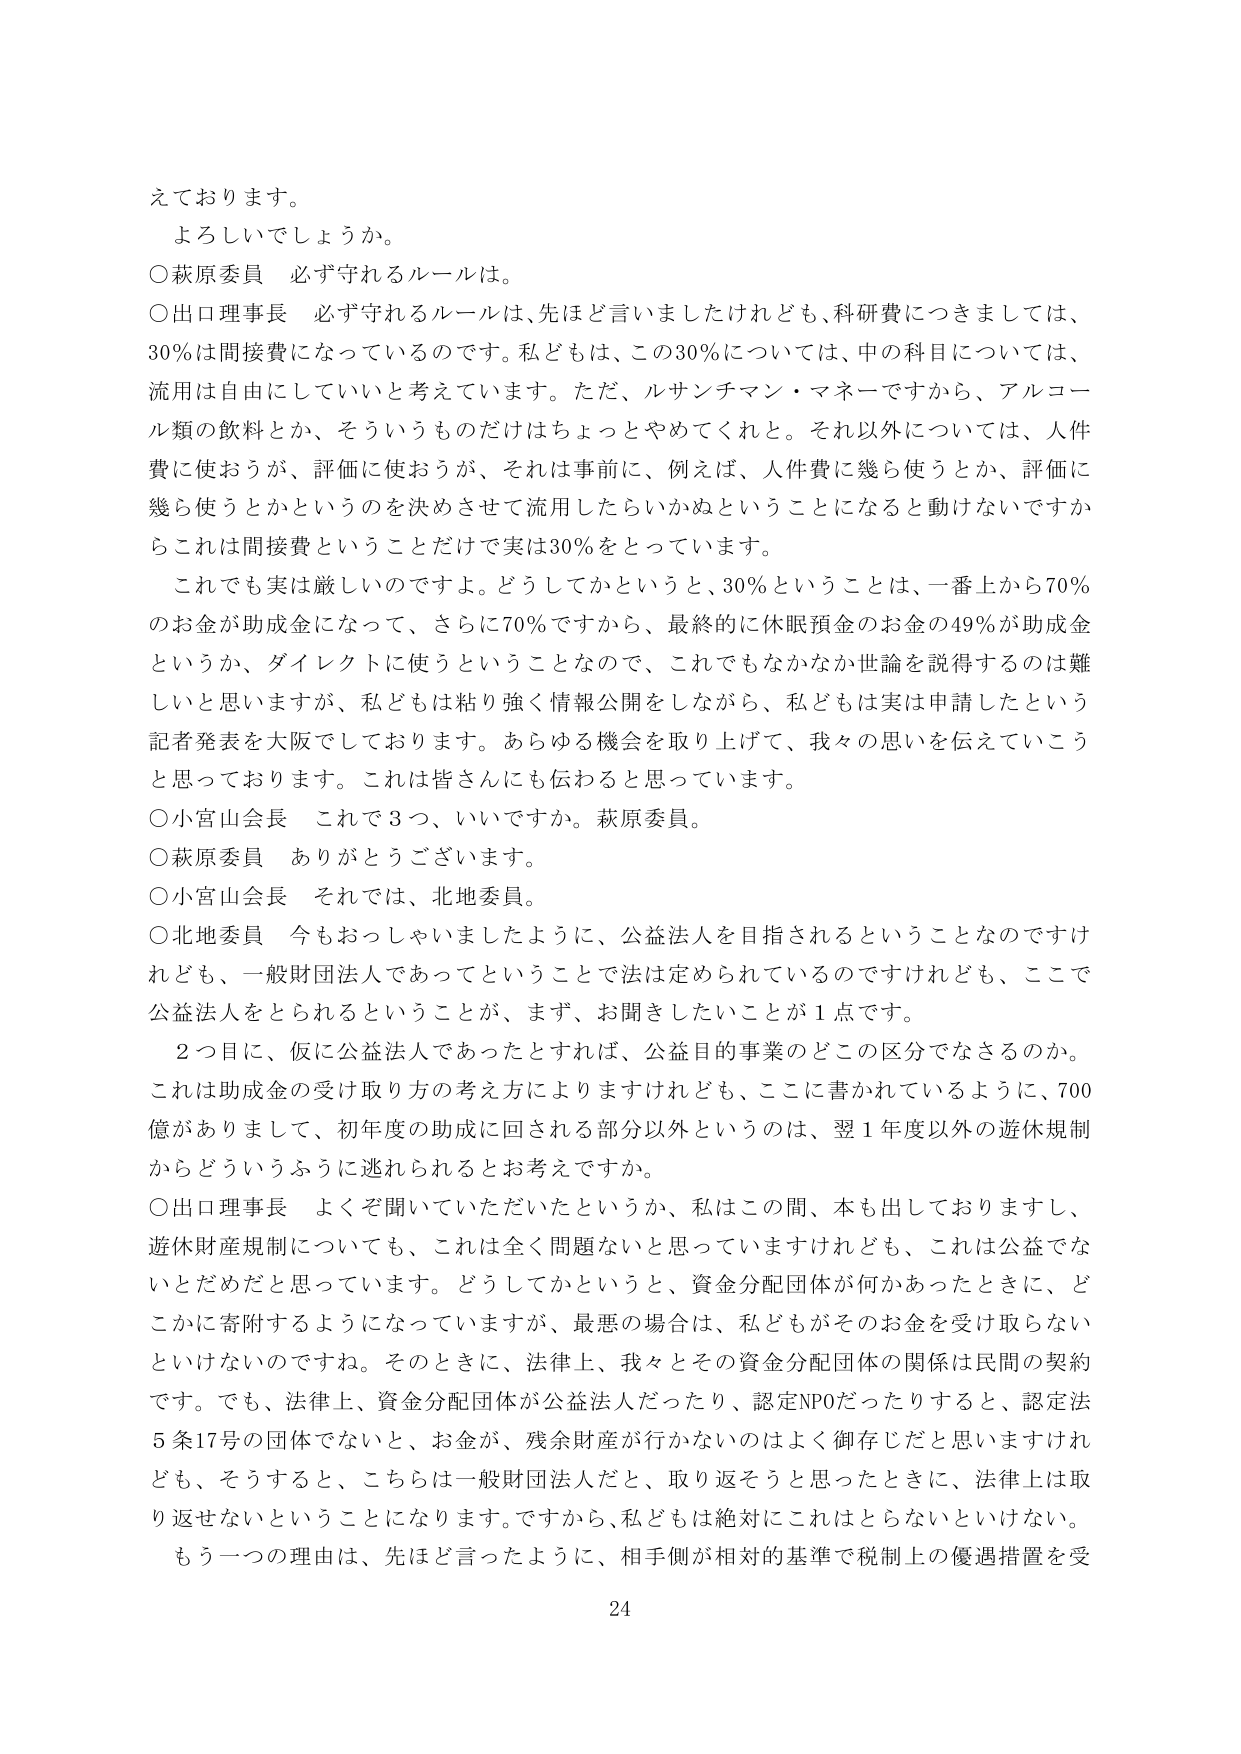
えております。
よろしいでしょうか。
○萩原委員　必ず守れるルールは。
○出口理事長　必ず守れるルールは、先ほど言いましたけれども、科研費につきましては、
30％は間接費になっているのです。私どもは、この30％については、中の科目については、
流用は自由にしていいと考えています。ただ、ルサンチマン・マネーですから、アルコー
ル類の飲料とか、そういうものだけはちょっとやめてくれと。それ以外については、人件
費に使おうが、評価に使おうが、それは事前に、例えば、人件費に幾ら使うとか、評価に
幾ら使うとかというのを決めさせて流用したらいかぬということになると動けないですか
らこれは間接費ということだけで実は30％をとっています。
これでも実は厳しいのですよ。どうしてかというと、30％ということは、一番上から70％
のお金が助成金になって、さらに70％ですから、最終的に休眠預金のお金の49％が助成金
というか、ダイレクトに使うということなので、これでもなかなか世論を説得するのは難
しいと思いますが、私どもは粘り強く情報公開をしながら、私どもは実は申請したという
記者発表を大阪しております。あらゆる機会を取り上げて、我々の思いを伝えていこう
と思っております。これは皆さんにも伝わると思っています。
○小宮山会長　これで３つ、いいですか。萩原委員。
○萩原委員　ありがとうございます。
○小宮山会長　それでは、北地委員。
○北地委員　今もおっしゃいましたように、公益法人を目指されるということなのですけ
れども、一般財団法人であってということで法は定められているのですけれども、ここで
公益法人をとられるということが、まず、お聞きしたいことが１点です。
　２つ目に、仮に公益法人であったとすれば、公益目的事業のどこの区分でなさるのか。
これは助成金の受け取り方の考え方によりますけれども、ここに書かれているように、700
億がありまして、初年度の助成に回される部分以外というのは、翌１年度以外の遊休規制
からどういうふうに逃れられるかと考えですか。
○出口理事長　よくご聞いていただいたというか、私はこの間、本も出しておりますし、
遊休財産規制についても、これは全く問題ないと思っていますけれども、これは公益でな
いとだめだと思っています。どうしてかというと、資金分配団体が何かあったときに、ど
こかに寄附するようになっていますが、最悪の場合は、私どもがそのお金を受取らない
といけないのですね。そのときに、法律上、我々とその資金分配団体の関係は民間の契約
です。でも、法律上、資金分配団体が公益法人だったり、認定NPOだったりすると、認定法
５条17号の団体でないと、お金が、残余財産が行かないのはよく御存じだと思いますけれ
ども、そうすると、こちらは一般財団法人だと、取り返そうと思ったときに、法律上は取
り返せないということになります。ですから、私どもは絶対にこれはとらないといけない。
もう一つの理由は、先ほど言ったように、相手側が相対的基準で税制上の優遇措置を受
24